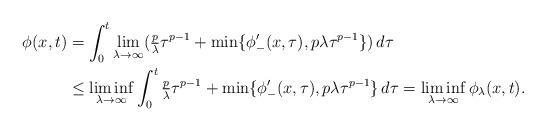
LaTeX: \begin{align*}\phi(x,t) &= \int_0^t\lim_{\lambda\to\infty}(\tfrac p\lambda \tau^{p-1} + \min\{\phi_-'(x,\tau), p\lambda \tau^{p-1}\})\, d\tau \\&\le\liminf_{\lambda\to\infty}\int_0^t\tfrac p\lambda \tau^{p-1} + \min\{\phi_-'(x,\tau), p\lambda \tau^{p-1}\}\, d\tau=\liminf_{\lambda\to\infty} \phi_\lambda(x,t). \end{align*}